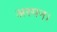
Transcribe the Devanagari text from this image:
अस्पन।